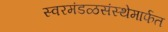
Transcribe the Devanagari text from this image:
स्वरमंडळसंस्थेमार्फत